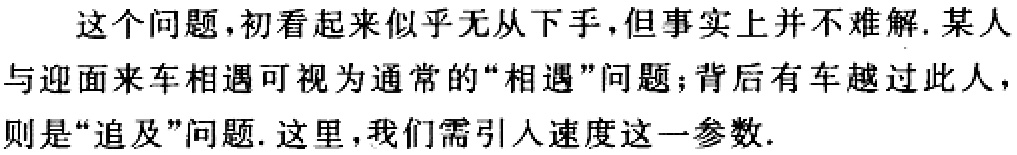
这个问题,初看起来似乎无从下手,但事实上并不难解.某人与迎面来车相遇可视为通常的“相遇”问题；背后有车越过此人，则是“追及”问题. 这里,我们需引人速度这一参数.